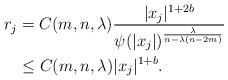
LaTeX: \begin{align*}r_j &= C(m,n,\lambda) \frac{|x_j|^{1+2b}}{\psi(|x_j|)^{\frac\lambda{n-\lambda(n-2m)}}}\\&\le C(m,n,\lambda) |x_j|^{1+b}.\end{align*}